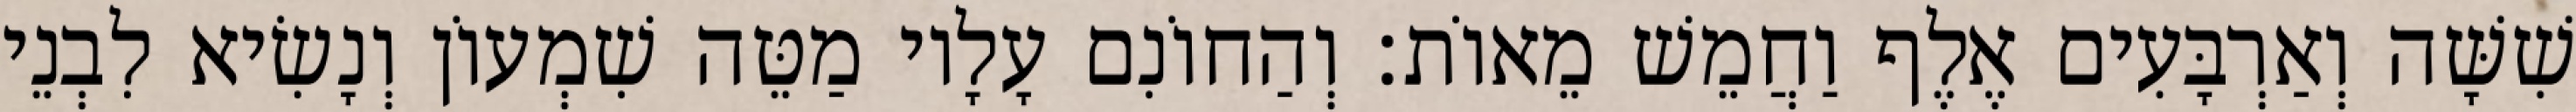
שִׁשָּׁה וְאַרְבָּעִים אֶלֶף וַחֲמֵשׁ מֵאוֹת׃ וְהַחוֹנִם עָלָיו מַטֵּה שִׁמְעוֹן וְנָשִׂיא לִבְנֵי